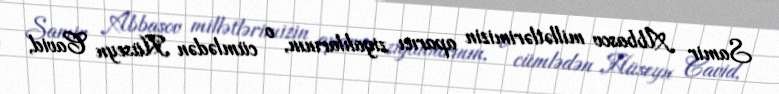
Samir Abbasov millətlərimizin aparıcı ziyalılarının, o cümlədən Hüseyn Cavid,